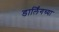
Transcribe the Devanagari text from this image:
डार्लिंगच्या